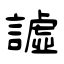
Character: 譃